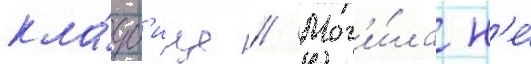
кла́дб'ище // Мог'и́ла н'е́